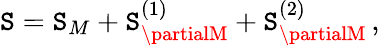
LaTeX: \mathtt{S}=\mathtt{S}_{M}+\mathtt{S}_{\partialM}^{(1)}+\mathtt{S}_{\partialM}^{(2)}\, ,